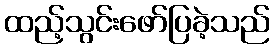
ထည့်သွင်းဖော်ပြခဲ့သည်